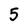
Character: 5